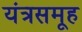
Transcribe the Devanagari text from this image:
यंत्रसमूह